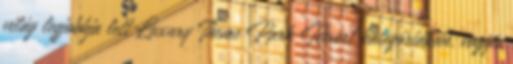
világ legjobbja lett Luxury Theme Park Resort kategóriában, vagyis